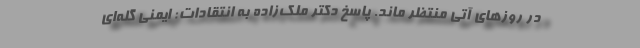
در روزهای آتی منتظر ماند. پاسخ دکتر ملک‌زاده به انتقادات: ایمنی گله‌ای